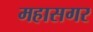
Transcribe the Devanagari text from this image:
महासगर